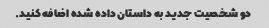
دو شخصیت جدید به داستان داده شده اضافه کنید.